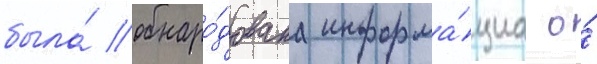
была́ обнаро́дована информа́циа о́